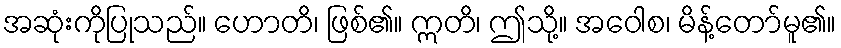
အဆုံးကိုပြုသည်။ ဟောတိ၊ ဖြစ်၏။ ဣတိ၊ ဤသို့။ အဝေါစ၊ မိန့်တော်မူ၏။